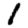
Digit: 1